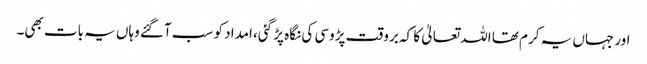
اور جہاں یہ کرم تھا اللہ تعالیٰ کا کہ بروقت پڑوسی کی نگاہ پڑ گئی، امداد کو سب آگئے وہاں یہ بات بھی۔